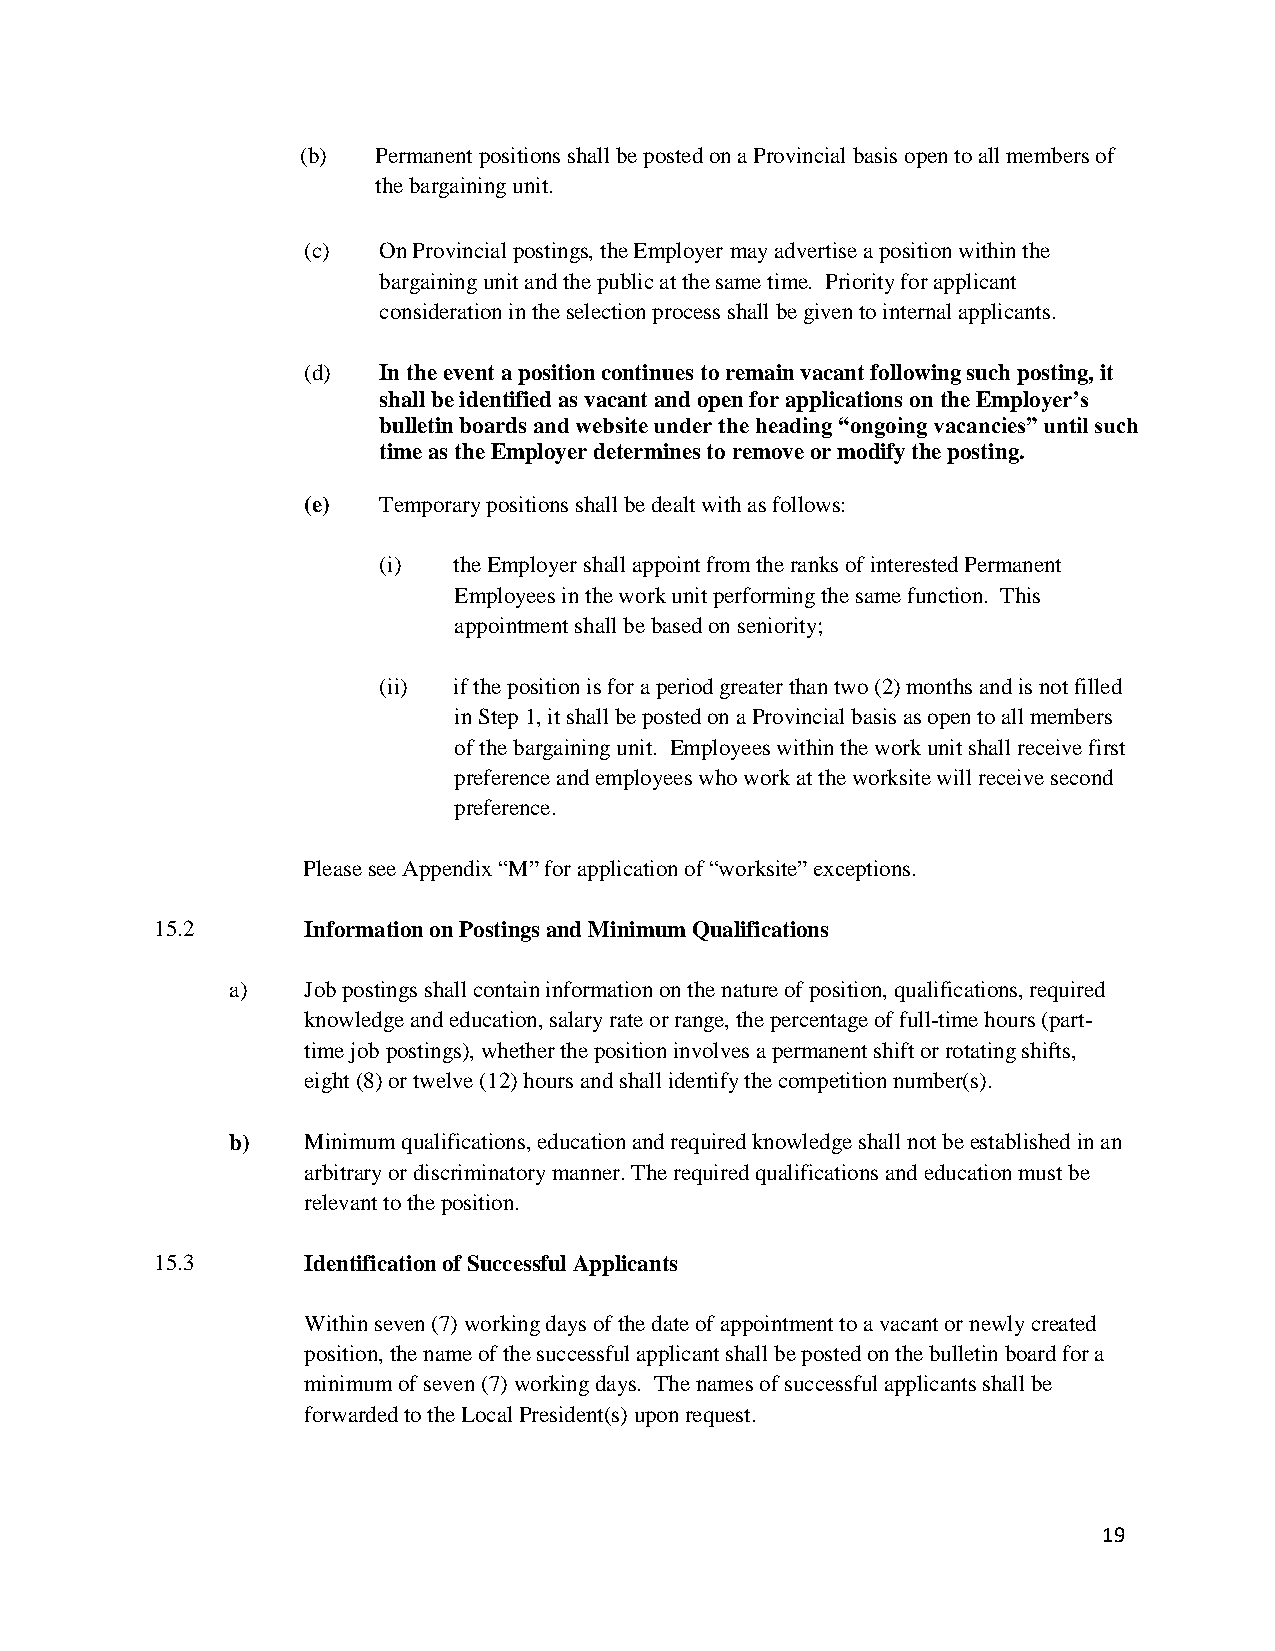
(b)  Permanent positions shall be posted on a Provincial basis open to all members of
 the bargaining unit.
 (c)  On Provincial postings, the Employer may advertise a position within the
 bargaining unit and the public at the same time. Priority for applicant
 consideration in the selection process shall be given to internal applicants.
 (d)  In the event a position continues to remain vacant following such posting, it
 shall be identified as vacant and open for applications on the Employer’s
 bulletin boards and website under the heading “ongoing vacancies” until such
 time as the Employer determines to remove or modify the posting.
 (e)  Temporary positions shall be dealt with as follows:
 (i)  the Employer shall appoint from the ranks of interested Permanent
 Employees in the work unit performing the same function. This
 appointment shall be based on seniority;
 (ii) if the position is for a period greater than two (2) months and is not filled
 in Step 1, it shall be posted on a Provincial basis as open to all members
 of the bargaining unit. Employees within the work unit shall receive first
 preference and employees who work at the worksite will receive second
 preference.
 Please see Appendix “M” for application of “worksite” exceptions.
 15.2      Information on Postings and Minimum Qualifications
 a)   Job postings shall contain information on the nature of position, qualifications, required
 knowledge and education, salary rate or range, the percentage of full-time hours (part-
 time job postings), whether the position involves a permanent shift or rotating shifts,
 eight (8) or twelve (12) hours and shall identify the competition number(s).
 b)   Minimum qualifications, education and required knowledge shall not be established in an
 arbitrary or discriminatory manner. The required qualifications and education must be
 relevant to the position.
 15.3      Identification of Successful Applicants
 Within seven (7) working days of the date of appointment to a vacant or newly created
 position, the name of the successful applicant shall be posted on the bulletin board for a
 minimum of seven (7) working days. The names of successful applicants shall be
 forwarded to the Local President(s) upon request.
 19